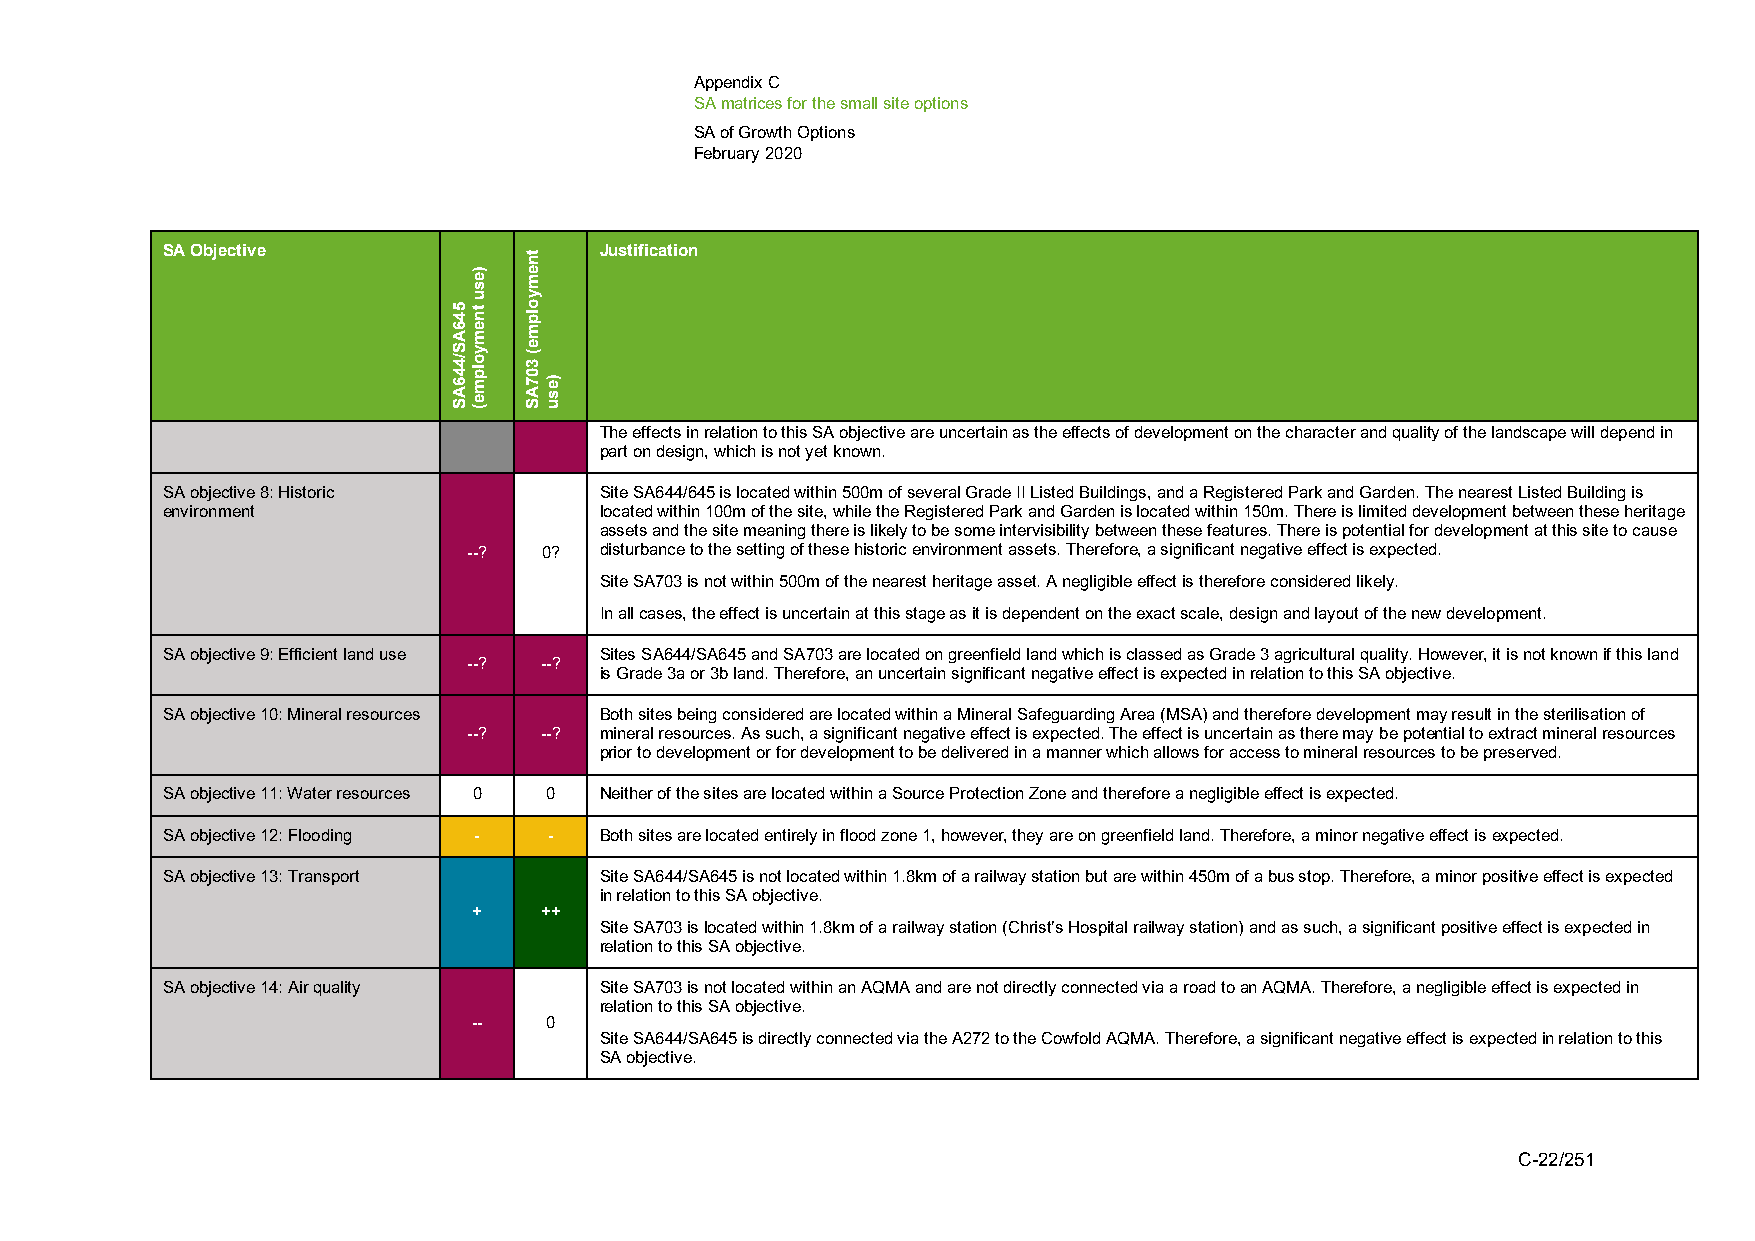
Appendix C
 SA matrices for the small site options
 SA of Growth Options
 February 2020
 SA Objective                 Justification
 The effects in relation to this SA objective are uncertain as the effects of development on the character and quality of the landscape will depend in
 part on design, which is not yet known.
 SA objective 8: Historic     Site SA644/645 is located within 500m of several Grade II Listed Buildings, and a Registered Park and Garden. The nearest Listed Building is
 environment                  located within 100m of the site, while the Registered Park and Garden is located within 150m. There is limited development between these heritage
 assets and the site meaning there is likely to be some intervisibility between these features. There is potential for development at this site to cause
 --?  0?  disturbance to the setting of these historic environment assets. Therefore, a significant negative effect is expected.
 Site SA703 is not within 500m of the nearest heritage asset. A negligible effect is therefore considered likely.
 In all cases, the effect is uncertain at this stage as it is dependent on the exact scale, design and layout of the new development.
 SA objective 9: Efficient land use Sites SA644/SA645 and SA703 are located on greenfield land which is classed as Grade 3 agricultural quality. However, it is not known if this land
 --?  --?
 is Grade 3a or 3b land. Therefore, an uncertain significant negative effect is expected in relation to this SA objective.
 SA objective 10: Mineral resources Both sites being considered are located within a Mineral Safeguarding Area (MSA) and therefore development may result in the sterilisation of
 --?  --? mineral resources. As such, a significant negative effect is expected. The effect is uncertain as there may be potential to extract mineral resources
 prior to development or for development to be delivered in a manner which allows for access to mineral resources to be preserved.
 SA objective 11: Water resources 0 0 Neither of the sites are located within a Source Protection Zone and therefore a negligible effect is expected.
 SA objective 12: Flooding - - Both sites are located entirely in flood zone 1, however, they are on greenfield land. Therefore, a minor negative effect is expected.
 SA objective 13: Transport   Site SA644/SA645 is not located within 1.8km of a railway station but are within 450m of a bus stop. Therefore, a minor positive effect is expected
 in relation to this SA objective.
 +    ++
 Site SA703 is located within 1.8km of a railway station (Christ’s Hospital railway station) and as such, a significant positive effect is expected in
 relation to this SA objective.
 SA objective 14: Air quality Site SA703 is not located within an AQMA and are not directly connected via a road to an AQMA. Therefore, a negligible effect is expected in
 relation to this SA objective.
 --   0
 Site SA644/SA645 is directly connected via the A272 to the Cowfold AQMA. Therefore, a significant negative effect is expected in relation to this
 SA objective.
 C-22/251
 546AS/446AS
 )esu
 tnemyolpme(
 tnemyolpme(
 307AS
 )esu